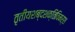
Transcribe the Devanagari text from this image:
तृतीयशब्दशक्तिविमर्श